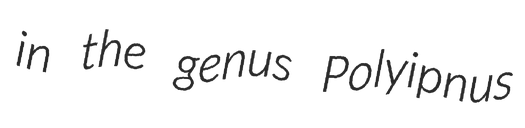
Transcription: in the genus Polyipnus